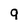
Character: q